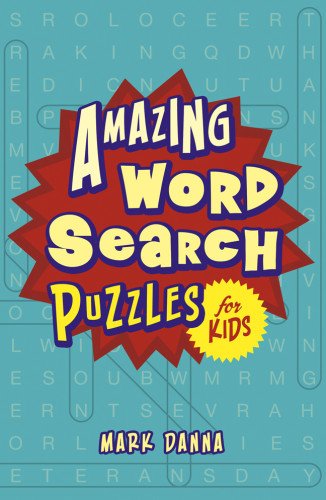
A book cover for Amazing Word Search Puzzles for Kids; Mark Danna; Teen & Young Adult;